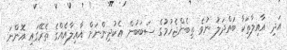
އަދި އާއިލާތަކާ ބައްދަލު ނުވެ ތިބެންޖެހުމުގެ ސަބަބުން އެކުދިންނަށް އާއިލާއެއްގެ ތެރޭގައި އޮންނަ